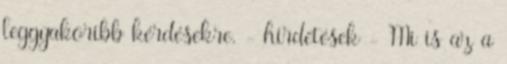
leggyakoribb kérdésekre. - hirdetések - Mi is az a